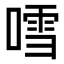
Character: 𠽌